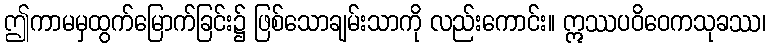
ဤကာမမှထွက်မြောက်ခြင်း၌ ဖြစ်သောချမ်းသာကို လည်းကောင်း။ ဣဿပဝိဝေကသုခဿ၊